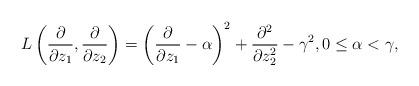
LaTeX: \begin{align*}L\left(\frac{\partial}{\partial z_1}, \frac{\partial}{\partial z_2}\right)=\left(\frac{\partial}{\partial z_1} - \alpha \right)^2 + \frac{\partial^2}{\partial z_2^2} - \gamma^2, 0\leq \alpha < \gamma,\end{align*}